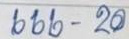
666 - 20